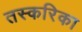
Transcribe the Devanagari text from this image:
तस्करिका